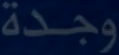
وجدة